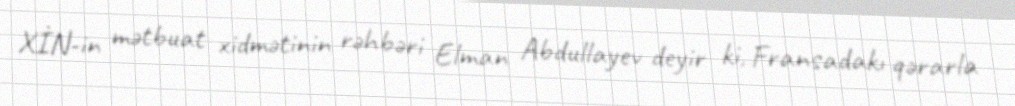
XİN-in mətbuat xidmətinin rəhbəri Elman Abdullayev deyir ki, Fransadakı qərarla